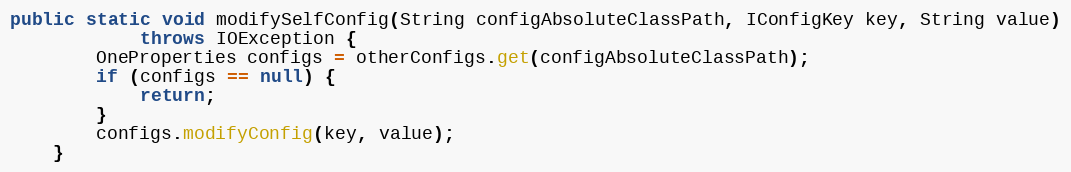
Language: Java
public static void modifySelfConfig(String configAbsoluteClassPath, IConfigKey key, String value)
            throws IOException {
        OneProperties configs = otherConfigs.get(configAbsoluteClassPath);
        if (configs == null) {
            return;
        }
        configs.modifyConfig(key, value);
    }